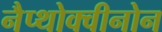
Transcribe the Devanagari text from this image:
नैप्थोक्वीनोन